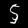
Digit: 5